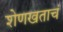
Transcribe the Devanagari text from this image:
शेणखताचं